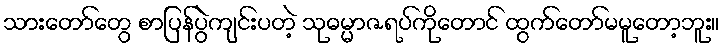
သားတော်တွေ စာပြန်ပွဲကျင်းပတဲ့ သုဓမ္မာဇရပ်ကိုတောင် ထွက်တော်မမူတော့ဘူး။